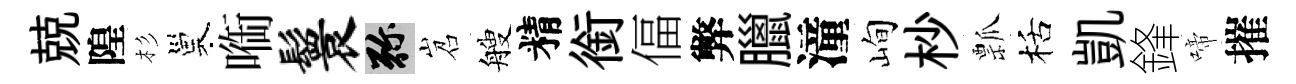
兢隍杉巢㗸鬟弥岧艘精銜偪弊臘潼峋杪瓢栝凱鋒啼摧